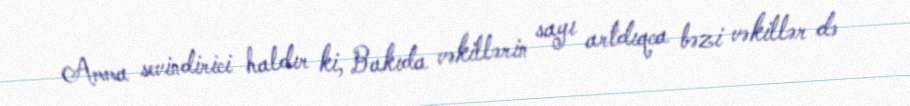
Amma sevindirici haldır ki, Bakıda vəkillərin sayı artdıqca bəzi vəkillər də